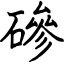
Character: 磣